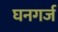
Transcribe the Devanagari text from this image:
घनगर्ज